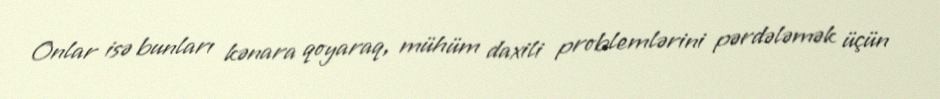
Onlar isə bunları kənara qoyaraq, mühüm daxili problemlərini pərdələmək üçün